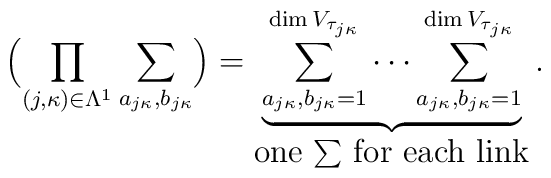
\Bigl(\prod_{(j,\kappa)\in\Lambda^1}\sum_{a_{j\kappa},b_{j\kappa}}\Bigr)   = \underbrace{\sum_{a_{j\kappa},b_{j\kappa}=1}^{\dim V_{\tau_{j\kappa}}}          \cdots\sum_{a_{j\kappa},b_{j\kappa}=1}^{\dim V_{\tau_{j\kappa}}}}_{       \mbox{one $\sum$ for each link}}.